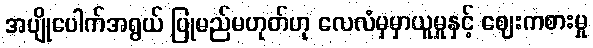
အပျိုပေါက်အရွယ် ပြုမည်မဟုတ်ဟု လေလံမှမှာယူမှုနှင့် ဈေးကစားမှု